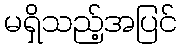
မရှိသည့်အပြင်